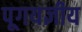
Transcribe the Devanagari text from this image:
पूगयज्ञीय